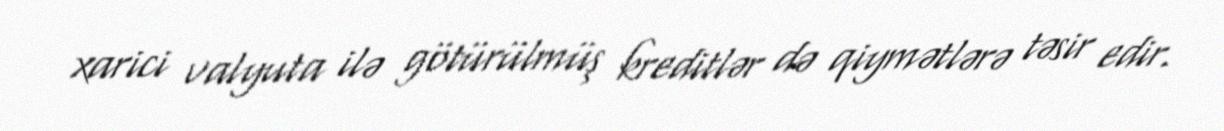
xarici valyuta ilə götürülmüş kreditlər də qiymətlərə təsir edir.